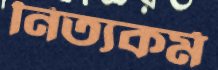
নিত্যকর্ম